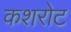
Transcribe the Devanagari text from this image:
कशरोट